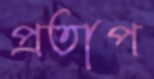
প্রতাপ